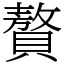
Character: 贅